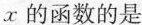
x的函数的是 （ ）